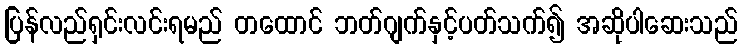
ပြန်လည်ရှင်းလင်းရမည် တထောင် ဘတ်ဂျက်နှင့်ပတ်သက်၍ အဆိုပါဆေးသည်